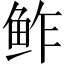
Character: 鲊